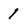
Character: 1